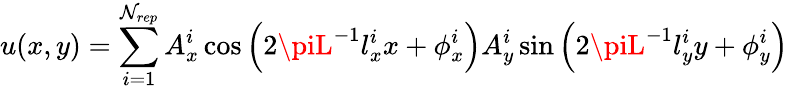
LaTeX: u(x,y)=\sum_{i=1}^{\mathcal{N}_{rep}}A_{x}^{i}\cos\left(2\piL^{-1}l_{x}^{i}x+\phi_{x}^{i}\right)A_{y}^{i}\sin\left(2\piL^{-1}l_{y}^{i}y+\phi_{y}^{i}\right)